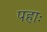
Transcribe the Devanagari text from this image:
पहाः